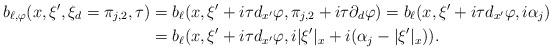
LaTeX: \begin{align*} b_{\ell,\varphi} (x,\xi',\xi_d =\pi_{j,2},\tau) &=b_\ell(x,\xi'+i\tau d_{x'}\varphi, \pi_{j,2}+i\tau\partial_d\varphi) = b_\ell(x,\xi'+i\tau d_{x'}\varphi, i\alpha_j)\\ &=b_\ell(x,\xi'+i\tau d_{x'}\varphi, i|\xi'|_x+i(\alpha_j-|\xi'|_x)).\end{align*}